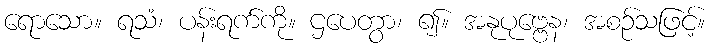
ရောသော။ ရသံ၊ ပန်းရက်ကို။ ဌပေတွာ၊ ၍။ အနုပုဗ္ဗေန၊ အစဉ်သဖြင့်။